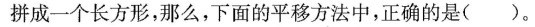
拼成一个长方形，那么，下面的平移方法中，正确的是()。